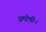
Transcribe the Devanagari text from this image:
प्रमोषीः।